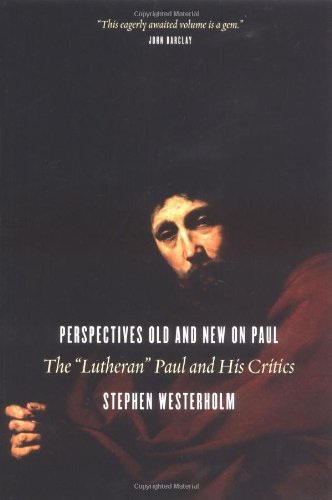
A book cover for Perspectives Old and New on Paul: The "Lutheran" Paul and His Critics; Stephen Westerholm; Christian Books & Bibles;